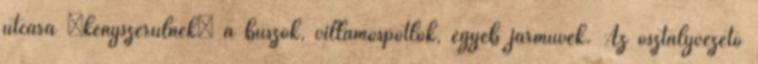
utcára „kényszerülnek” a buszok, villamospótlók, egyéb járművek. Az osztályvezető